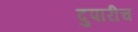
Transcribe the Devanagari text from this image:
दुपारीच